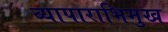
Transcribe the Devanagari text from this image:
व्यापाराभिमुख